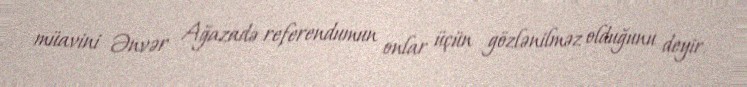
müavini Ənvər Ağazadə referendumun onlar üçün gözlənilməz olduğunu deyir.